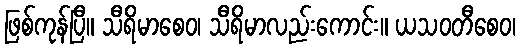
ဖြစ်ကုန်ပြီ။ သီရိမာစေဝ၊ သီရိမာလည်းကောင်း။ ယသဝတီစေဝ၊